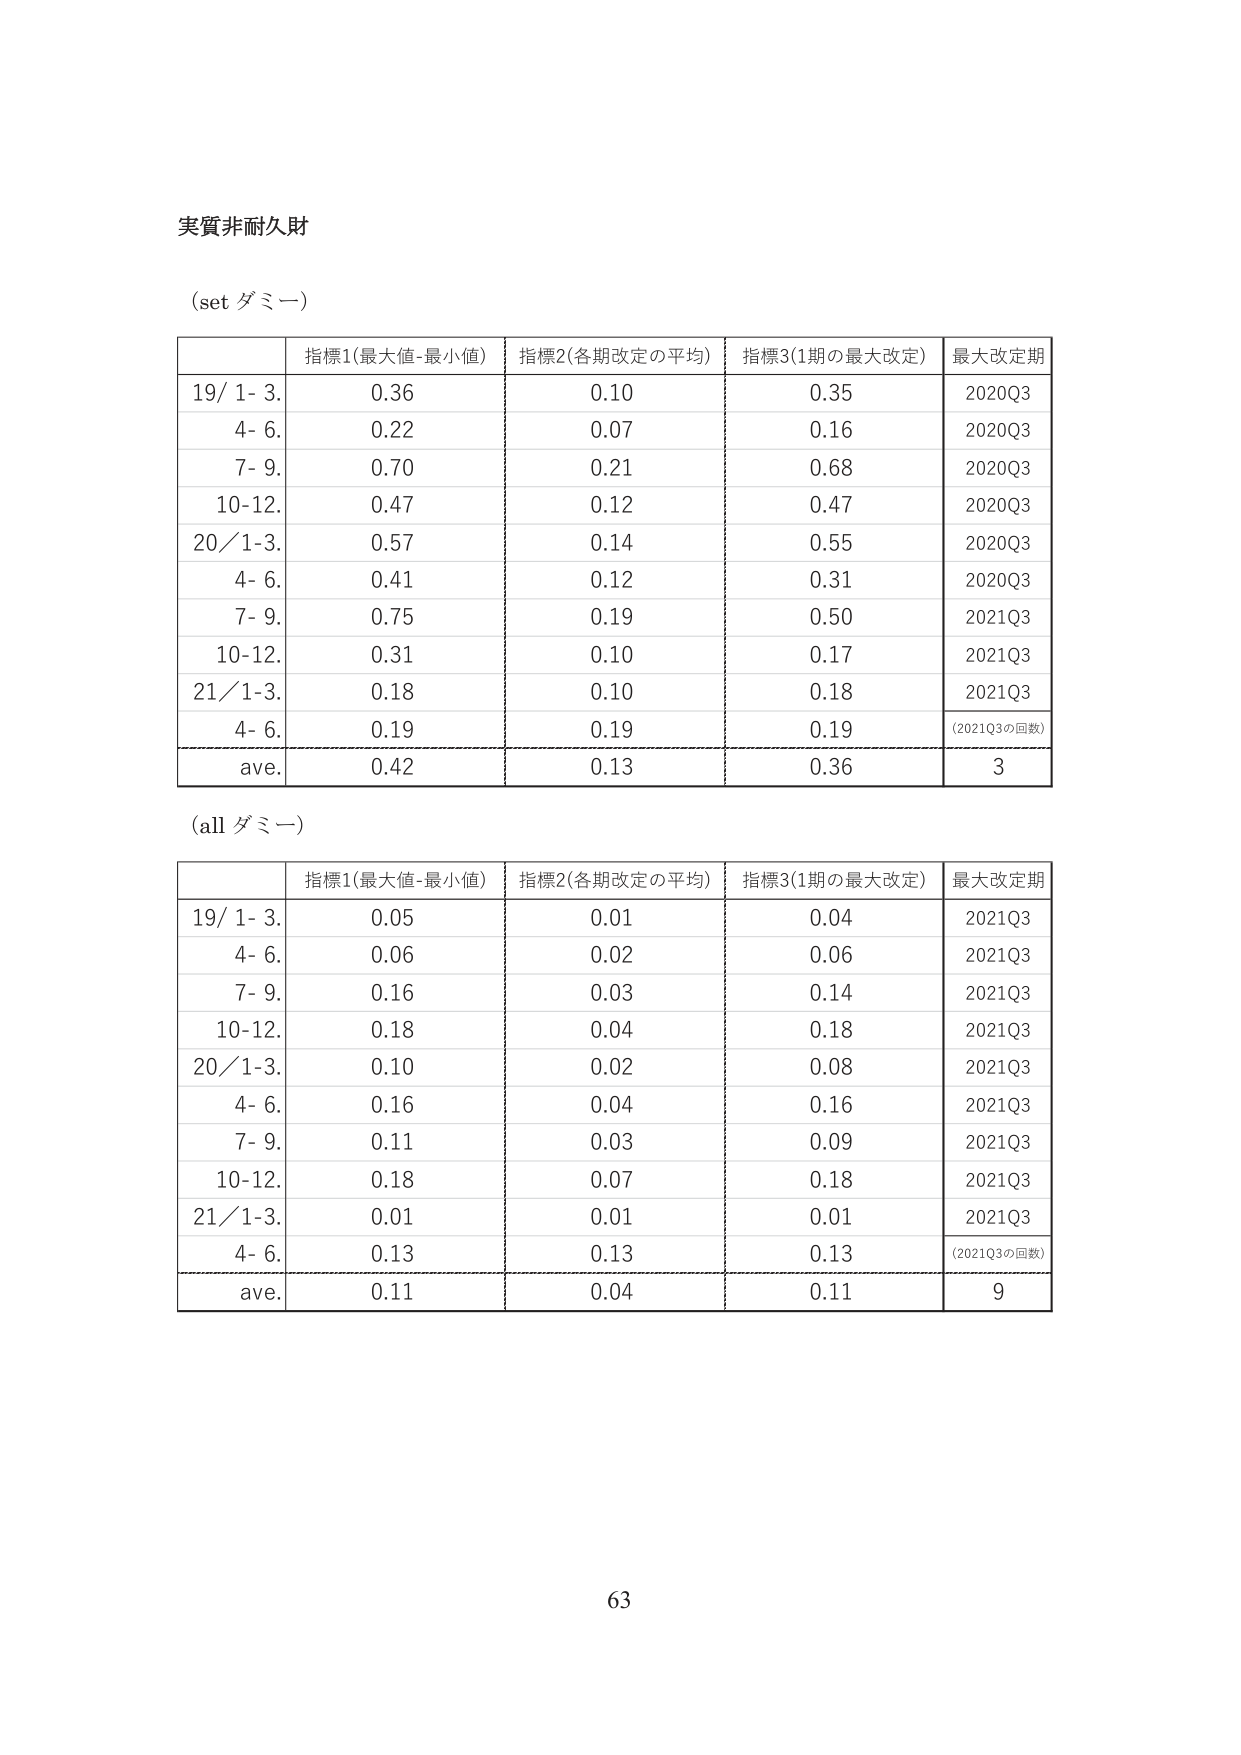
実質非耐久財

(set ダミー)

指標1(最大値-最小値) 指標2(各期改定の平均) 指標3(1期の最大改定) 最大改定期
19/ 1- 3. 0.36 0.10 0.35 2020Q3
4- 6. 0.22 0.07 0.16 2020Q3
7- 9. 0.70 0.21 0.68 2020Q3
10-12. 0.47 0.12 0.47 2020Q3
20/1-3. 0.57 0.14 0.55 2020Q3
4- 6. 0.41 0.12 0.31 2020Q3
7- 9. 0.75 0.19 0.50 2021Q3
10-12. 0.31 0.10 0.17 2021Q3
21/1-3. 0.18 0.10 0.18 2021Q3
4- 6. 0.19 0.19 0.19 (2021Q3の回数)
ave. 0.42 0.13 0.36 3

(all ダミー)

指標1(最大値-最小値) 指標2(各期改定の平均) 指標3(1期の最大改定) 最大改定期
19/ 1- 3. 0.05 0.01 0.04 2021Q3
4- 6. 0.06 0.02 0.06 2021Q3
7- 9. 0.16 0.03 0.14 2021Q3
10-12. 0.18 0.04 0.18 2021Q3
20/1-3. 0.10 0.02 0.08 2021Q3
4- 6. 0.16 0.04 0.16 2021Q3
7- 9. 0.11 0.03 0.09 2021Q3
10-12. 0.18 0.07 0.18 2021Q3
21/1-3. 0.01 0.01 0.01 2021Q3
4- 6. 0.13 0.13 0.13 (2021Q3の回数)
ave. 0.11 0.04 0.11 9

63